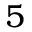
5